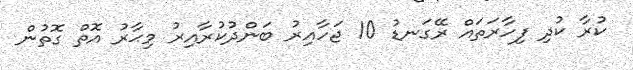
ކުރާ ކުދި ފިހާރަތައް ރޭގަނޑު 10 ޖަހާއިރު ބަންދުކުރާއިރު މިޙާރު އޮތް ގޮތުން